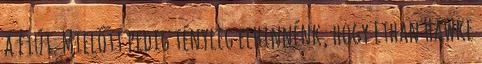
a fiút. Mielőtt pedig tényleg elhinnénk, hogy Ethan Hawke